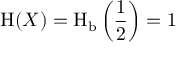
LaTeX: \operatorname { H } ( X ) = \operatorname { H } _ { \mathrm { b } } \left( { \frac { 1 } { 2 } } \right) = 1